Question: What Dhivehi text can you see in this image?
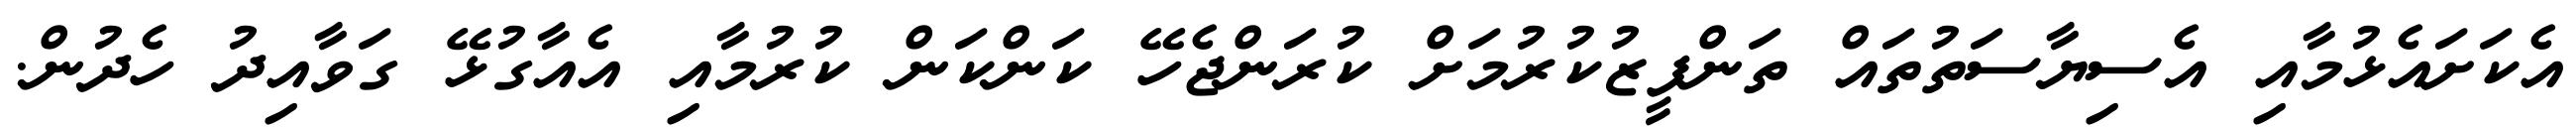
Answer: އެކަށައެޅުމާއި އެސިޔާސަތުތައް ތަންފީޒުކުރުމަށް ކުރަންޖެހޭ ކަންކަން ކުރުމާއި އެއާގުޅޭ ގަވާއިދު ހެދުން.